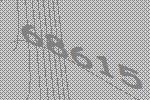
68615